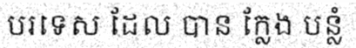
បរទេស ដែល បាន ក្លែង បន្លំ